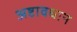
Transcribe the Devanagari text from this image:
अष्टावधान